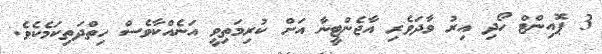
3 ޕޮއިންޓް ހޯދި އިރު ވާދަވެރި އާޖެންޓީނާ އަށް ކުރިމަތިވީ އަނެއްކާވެސް ހިތްދަތިކަމެެކެވެ.